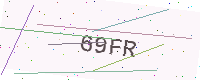
Text: 69FR